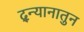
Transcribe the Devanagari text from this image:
द्न्यानातुन